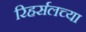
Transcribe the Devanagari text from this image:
रिहर्सलच्या